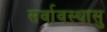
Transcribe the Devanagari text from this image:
सर्वावस्थासु